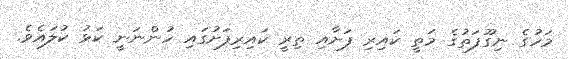
މަހުގެ ނިގޫފަތުގެ މަތީ ކައިރި ފަށާއި ތިރީ ކައިރިފަށުގައި ހުންނަނީ ކަޅު ކުލައެވެ.